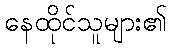
နေထိုင်သူများ၏